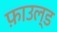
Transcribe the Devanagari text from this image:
फ़ाउल्ड